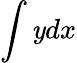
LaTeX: \int\mathit{y}dx